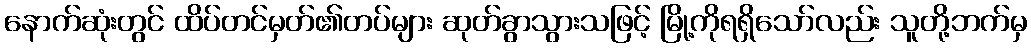
နောက်ဆုံးတွင် ထိပ်တင်မှတ်၏တပ်များ ဆုတ်ခွာသွားသဖြင့် မြို့ကိုရရှိသော်လည်း သူတို့ဘက်မှ